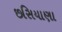
છસિયાણા